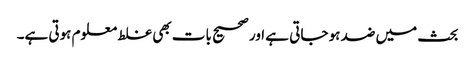
بحث میں ضد ہو جاتی ہے اور صحیح بات بھی غلط معلوم ہوتی ہے۔